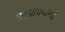
અપાવવાની